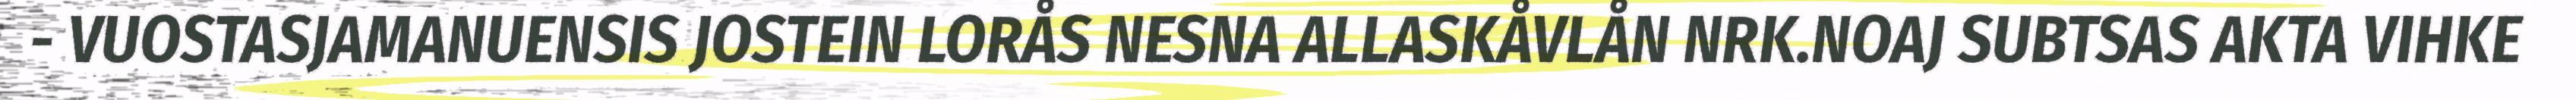
- VUOSTASJAMANUENSIS JOSTEIN LORÅS NESNA ALLASKÅVLÅN NRK.NOAJ SUBTSAS AKTA VIHKE